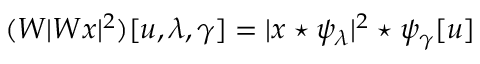
( W | W x | ^ { 2 } ) [ u , \lambda , \gamma ] = | x \star \psi _ { \lambda } | ^ { 2 } \star \psi _ { \gamma } [ u ]